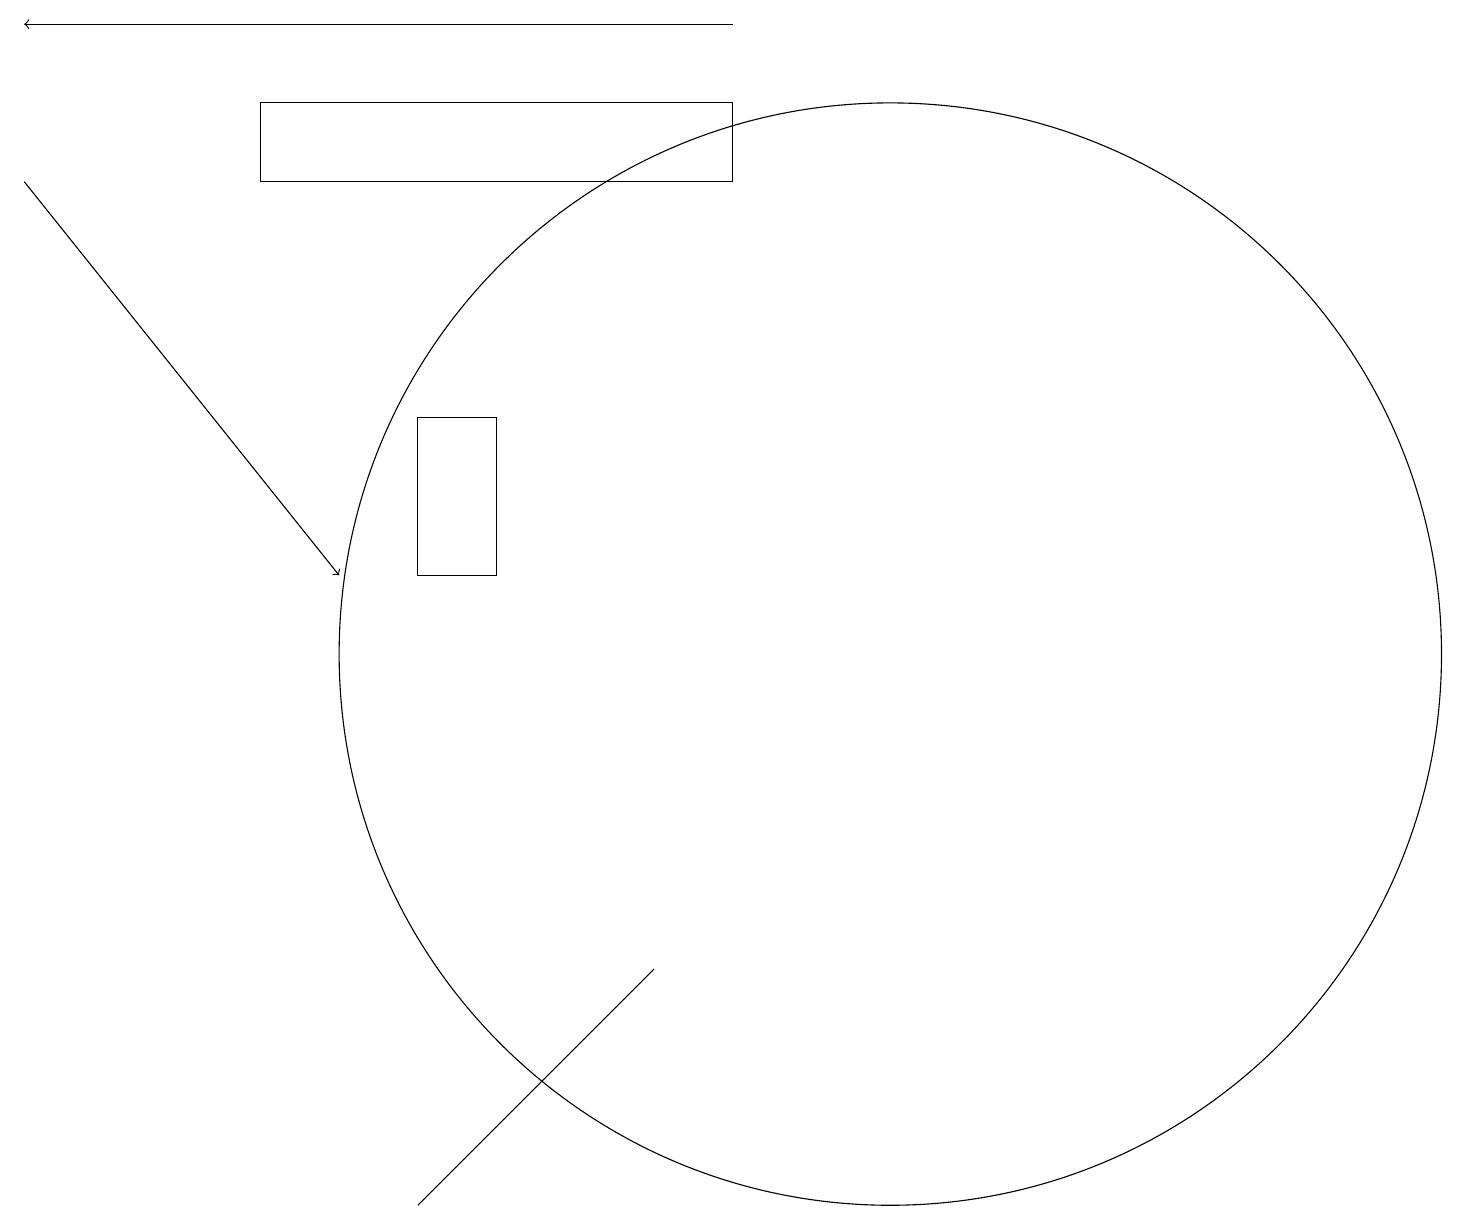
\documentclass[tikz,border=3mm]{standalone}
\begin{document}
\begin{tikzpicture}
\draw[->] (9,18) -- (0,18);
\draw (11,10) circle (7);
\draw[->] (0,16) -- (4,11);
\draw (3,17) rectangle (9,16);
\draw (5,11) rectangle (6,13);
\draw (5,3) -- (8,6) -- (7,5) -- cycle;
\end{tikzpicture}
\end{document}